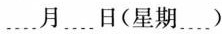
....月....日（星期....）